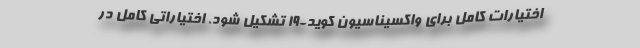
اختیارات کامل برای واکسیناسیون کوید-۱۹ تشکیل شود. اختیاراتی کامل در